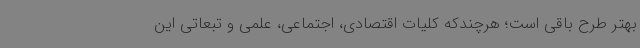
بهتر طرح باقی است؛ هرچندکه کلیات اقتصادی، اجتماعی، علمی و تبعاتی این